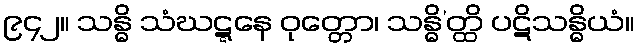
၉၄၂။ သန္ဓိ သံဃဋ္ဋနေ ဝုတ္တော၊ သန္ဓိ’တ္ထိ ပဋိသန္ဓိယံ။